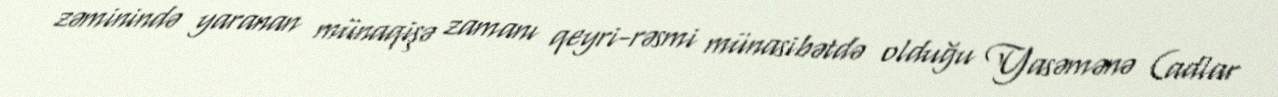
zəminində yaranan münaqişə zamanı qeyri-rəsmi münasibətdə olduğu Yasəmənə (adlar